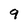
Character: 9